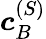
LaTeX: \boldsymbol{c}_{B}^{(S)}